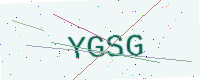
Text: YGSG